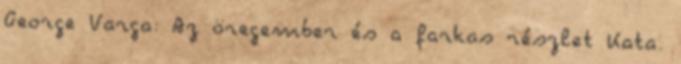
George Varga: Az öregember és a farkas részlet Kata.